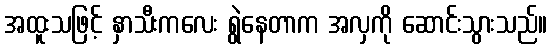
အထူးသဖြင့် နှာသီးကလေး ရွဲနေတာက အလှကို ဆောင်းသွားသည်။